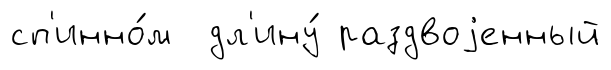
сп'инно́м дл'ину́ раздвоjенный